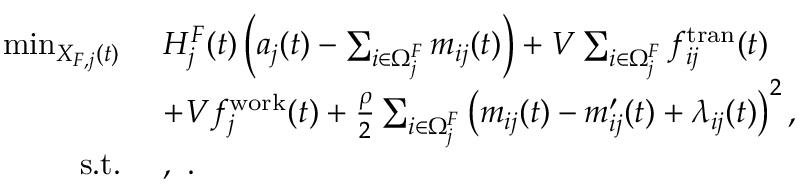
\begin{array} { r l } { \operatorname* { m i n } _ { X _ { F , j } ( t ) } ~ } & { H _ { j } ^ { F } ( t ) \left( a _ { j } ( t ) - \sum _ { i \in \Omega _ { j } ^ { F } } m _ { i j } ( t ) \right) + V \sum _ { i \in \Omega _ { j } ^ { F } } f _ { i j } ^ { \mathrm { t r a n } } ( t ) } \\ { ~ } & { + V f _ { j } ^ { \mathrm { w o r k } } ( t ) + \frac { \rho } { 2 } \sum _ { i \in \Omega _ { j } ^ { F } } \left( m _ { i j } ( t ) - m _ { i j } ^ { \prime } ( t ) + \lambda _ { i j } ( t ) \right) ^ { 2 } , } \\ { \mathrm { s . t . } ~ } & { , ~ . } \end{array}